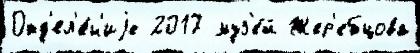
Отд'ел'е́н'иjе 2017 муз'е́й Жер'ебцова